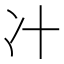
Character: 𰃵